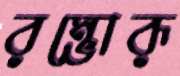
রম্ভোরূ